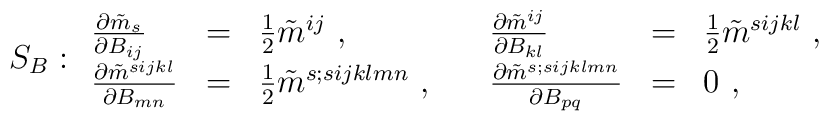
S_B:\begin{array}{llllll}\frac{ \partial \tilde{m}_s }{\partial B_{ij} }  &=&\frac{1}{2} \tilde m^{ij}\ ,\quad & \frac{ \partial \tilde{m}^{ij} }{\partial B_{kl} }  &=&\frac{1}{2} \tilde m^{sijkl} \ ,\quad\\\frac{ \partial \tilde{m}^{sijkl} }{\partial B_{mn} }  &=&\frac{1}{2} \tilde m^{s;sijklmn} \ ,\quad& \frac{ \partial \tilde{m}^{s;sijklmn} }{\partial B_{pq} }  &=& 0  \ ,\quad\end{array}